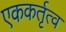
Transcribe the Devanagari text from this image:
एककर्तृत्व